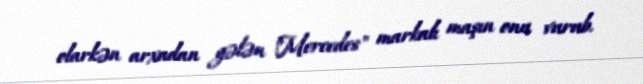
olarkən arxadan gələn "Mercedes" markalı maşın onu vurub.